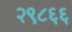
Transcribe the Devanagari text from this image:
२९८६६